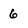
Character: 6